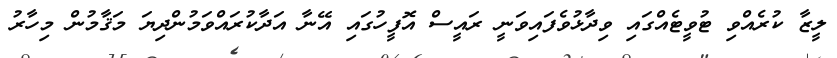
ލީޒާ ކުރެއްވި ޓުވީޓެއްގައި ވިދާޅުވެފައިވަނީ ރައީސް އޮފީހުގައި އޭނާ އަދާކުރައްވަމުންދިޔަ މަޤާމުން މިހާރު